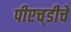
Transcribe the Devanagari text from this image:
पीएच्‌डीचे